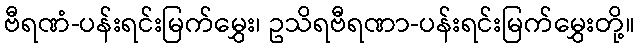
ဗီရဏံ-ပန်းရင်းမြက်မွှေး၊ ဥသိရဗီရဏာ-ပန်းရင်းမြက်မွှေးတို့။